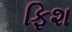
ફિશ